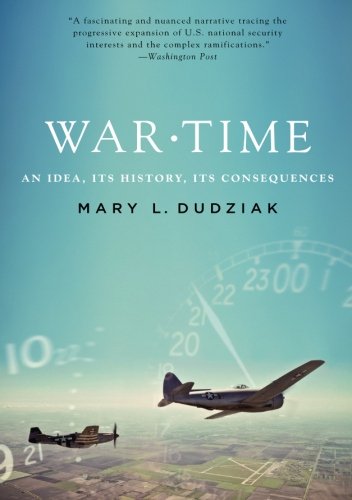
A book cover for War Time: An Idea, Its History, Its Consequences; Mary L. Dudziak; Law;